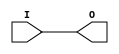
// $Header: /devl/xcs/repo/env/Databases/CAEInterfaces/verunilibs/data/virtex4/BUFIO.v,v 1.3.230.1 2007/03/09 18:13:21 patrickp Exp $
///////////////////////////////////////////////////////////////////////////////
// Copyright (c) 1995/2004 Xilinx, Inc.
// All Right Reserved.
///////////////////////////////////////////////////////////////////////////////
//   ____  ____
//  /   /\/   /
// /___/  \  /    Vendor : Xilinx
// \   \   \/     Version : 7.1i (H.19)
//  \   \         Description : Xilinx Functional Simulation Library Component
//  /   /                  Local Clock Buffer for I/O
// /___/   /\     Filename : BUFIO.v
// \   \  /  \    Timestamp : Thu Mar 25 16:43:43 PST 2004
//  \___\/\___\
//
// Revision:
//    03/23/04 - Initial version.

`timescale  100 ps / 10 ps


module BUFIO (O, I);

    output O;
    
    input  I;
    
    buf B1 (O, I);

endmodule